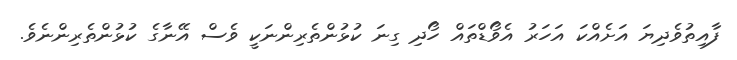
ފާއިތުވެދިޔަ އަށެއްކަ އަހަރު އެވޯޑްތައް ހޯދި ގިނަ ކުޅުންތެރިންނަކީ ވެސް އޭނާގެ ކުޅުންތެރިންނެވެ.